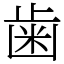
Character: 歯